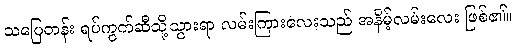
သပြေတန်း ရပ်ကွက်ဆီသို့သွားရာ လမ်းကြားလေးသည် အနိမ့်လမ်းလေး ဖြစ်၏။